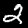
Digit: 2